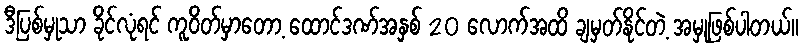
ဒီပြစ်မှုသာ ခိုင်လုံရင် ကူဝိတ်မှာတော့ ထောင်ဒဏ်အနှစ် 20 လောက်အထိ ချမှတ်နိုင်တဲ့ အမှုဖြစ်ပါတယ်။